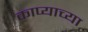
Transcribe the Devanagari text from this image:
काप्याच्या